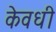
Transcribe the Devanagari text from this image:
केवधी